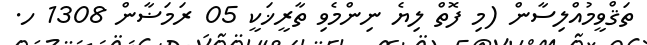
ތަޤްވީމުއްލިސާން (މި ފޮތް ލިޔެ ނިންމެވި ތާރީޚަކީ 05 ރަމަޟާން 1308 ހ.